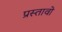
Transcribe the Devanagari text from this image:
प्रस्तावो